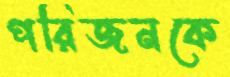
পরিজনকে